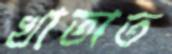
খাতাত